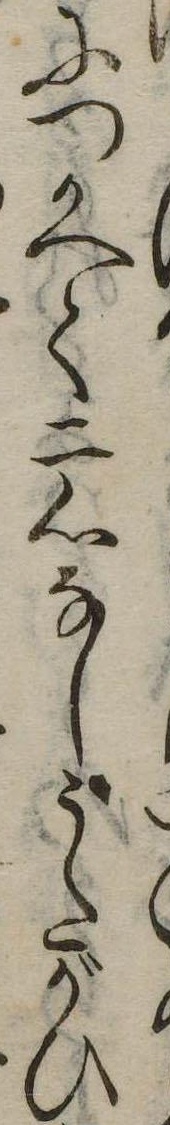
につかへて二心なしうたがひ